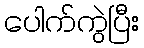
ပေါက်ကွဲပြီး